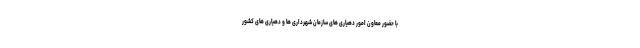
با حضور معاون امور دهیاری های سازمان شهرداری ها و دهیاری های کشور